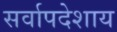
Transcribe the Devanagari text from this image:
सर्वापदेशाय